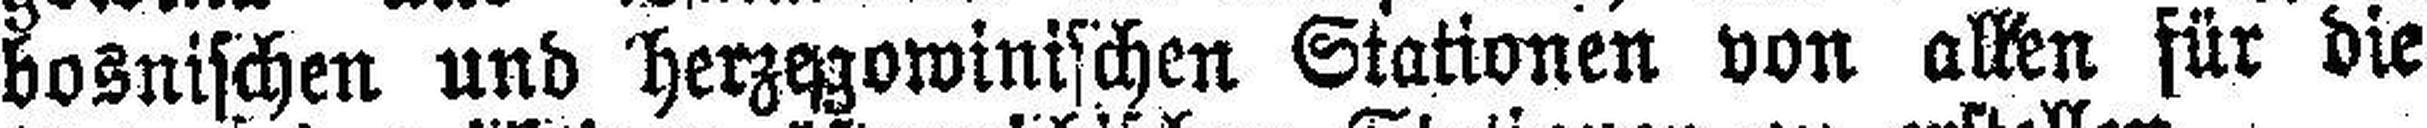
bosnischen und herzegowinischen Stationen von allen für die